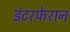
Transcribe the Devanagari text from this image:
इंटरफेरान